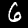
Label: 6